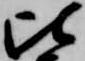
比